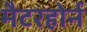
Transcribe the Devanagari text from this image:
मैटरहोर्न